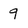
Character: q